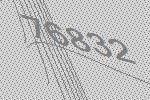
76832